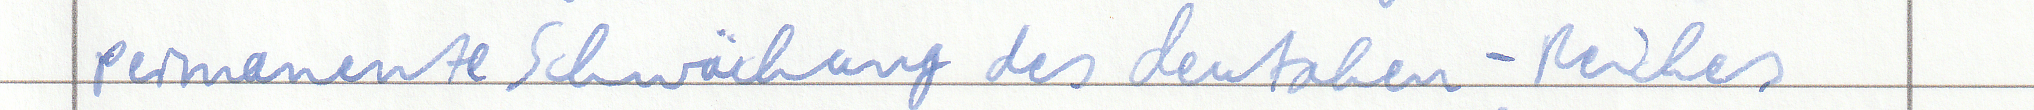
permanente Schwächung des deutschen - Reiches